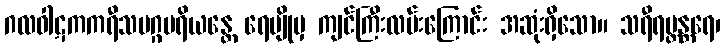
ဂလဝါဋကကရီသမဂ္ဂပရိယန္တေ ရေမျိုမှ ကျင်ကြီးလမ်းကြောင်း အဆုံးရှိသော။ သရီရဗ္တန္တရေ၊